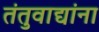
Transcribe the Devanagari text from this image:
तंतुवाद्यांना